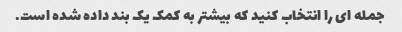
جمله ای را انتخاب کنید که بیشتر به کمک یک بند داده شده است.